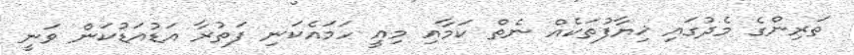
ތަރިންގެ މެދުގައި ޚިޔާފުތަކެއް ނެތް ކަމާއި މިއީ ހަމައެކަނި ފަތުރާ އަޑުއަޑުކަން ވަނީ